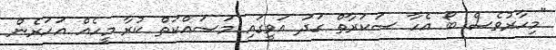
"މިހާރުވެސް ބޯ އެހާ ސަކަރާތް ގަދަ އަވީގައި މަސައްކަތް ކުރާ މީހެއް އަހަރެން